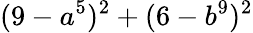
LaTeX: (9-a^{5})^{2}+(6-b^{9})^{2}